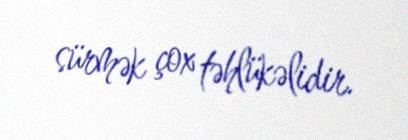
sürmək çox təhlükəlidir.